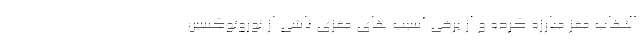
التهاب مغز مبارزه کرده و از برخی آسیب های مغزی ناشی از نوروتوکسین